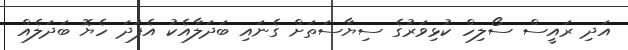
އަދި ރައީސް ސޯލިހް ކުޅިވަރުގެ ސިޔާސަތަށް ގެނައި ބަދަލާއެކު އެފަދަ ހެޔޮ ބަދަލެއް